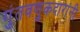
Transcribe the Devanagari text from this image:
गुंतवणुकदारांनी